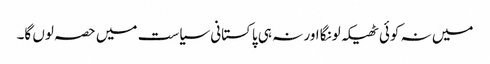
میں نہ کوئی ٹھیکہ لونگا اور نہ ہی پاکستانی سیاست میں حصہ لوں گا۔